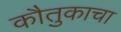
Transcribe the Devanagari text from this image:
कौतुकाचा